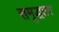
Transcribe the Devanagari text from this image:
समृद्धतर